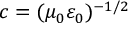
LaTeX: c = ( \mu _ { 0 } \varepsilon _ { 0 } ) ^ { - 1 / 2 }